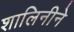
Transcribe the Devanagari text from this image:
शालिनीने